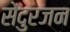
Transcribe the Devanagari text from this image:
सेंदुरजन